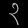
Digit: ၃